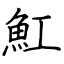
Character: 魟